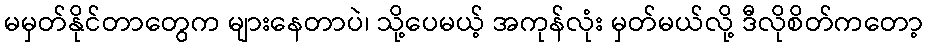
မမှတ်နိုင်တာတွေက များနေတာပဲ၊ သို့ပေမယ့် အကုန်လုံး မှတ်မယ်လို့ ဒီလိုစိတ်ကတော့